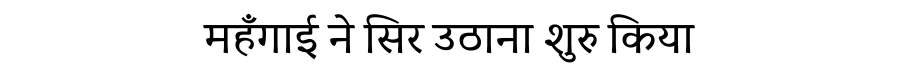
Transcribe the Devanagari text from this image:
महँगाई ने सिर उठाना शुरु किया